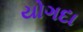
યોગદા